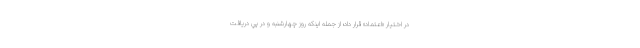
در اختيار «اعتماد» قرار داد؛ از جمله اينكه روز چهارشنبه و در پي دريافت